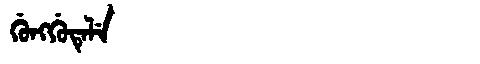
Manchu: ᡤᡠᠩᡤᡠᡨᡝᠯᡝ
Romanization: GUNGGUTELE